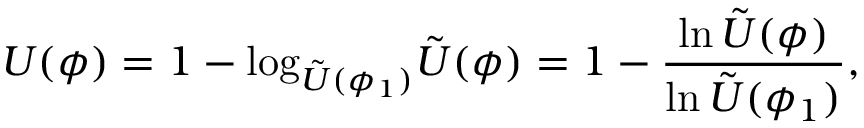
U ( \phi ) = 1 - \mathrm { l o g } _ { \tilde { U } ( \phi _ { 1 } ) } \tilde { U } ( \phi ) = 1 - \frac { \mathrm { l n } \, \tilde { U } ( \phi ) } { \mathrm { l n } \, \tilde { U } ( \phi _ { 1 } ) } ,